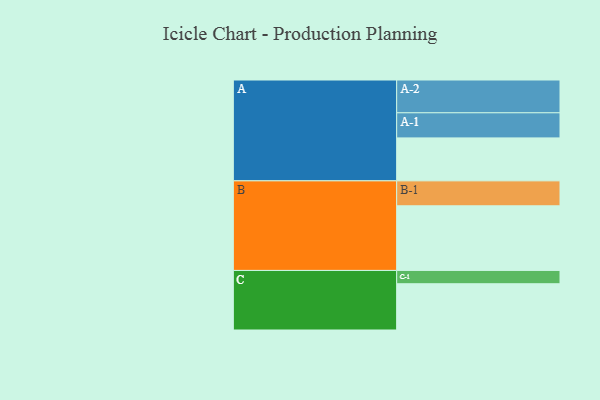
{"axis": {"x": "Segment", "y": "Value"}, "legend": ["", "A", "B", "C"], "data": [{"x": "A", "y": 313, "type": ""}, {"x": "B", "y": 471, "type": ""}, {"x": "C", "y": 337, "type": ""}, {"x": "A-1", "y": 183, "type": "A"}, {"x": "A-2", "y": 239, "type": "A"}, {"x": "B-1", "y": 182, "type": "B"}, {"x": "C-1", "y": 97, "type": "C"}]}